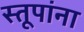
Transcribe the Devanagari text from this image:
स्तूपांना